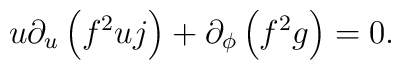
u\partial_u\left(f^2uj\right)+\partial_\phi\left(f^2g\right)=0.